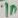
Text: 1n